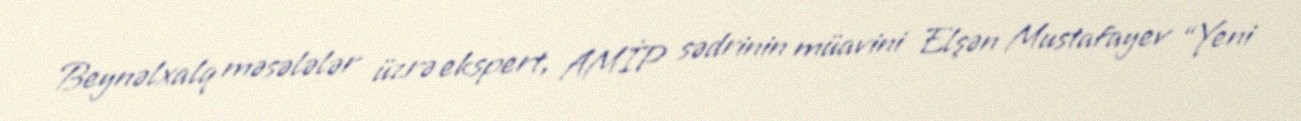
Beynəlxalq məsələlər üzrə ekspert, AMİP sədrinin müavini Elşən Mustafayev “Yeni